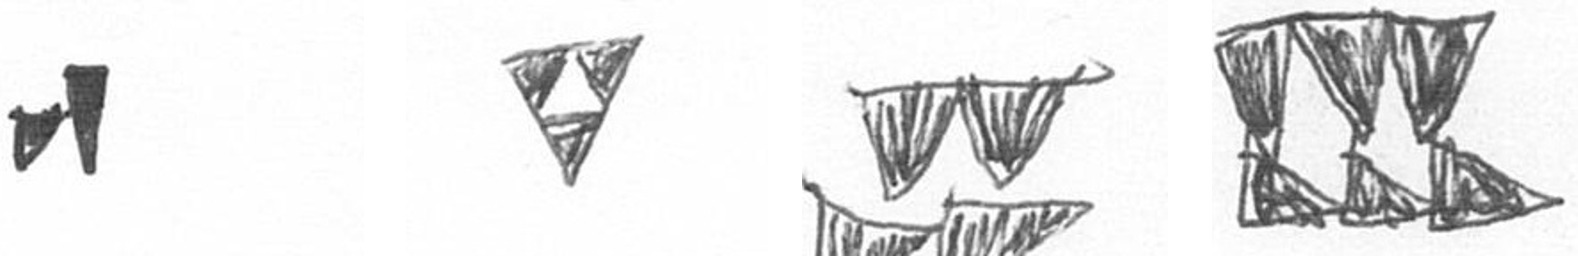
M S B D